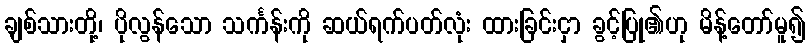
ချစ်သားတို့၊ ပိုလွန်သော သင်္ကန်းကို ဆယ်ရက်ပတ်လုံး ထားခြင်းငှာ ခွင့်ပြု၏ဟု မိန့်တော်မူ၍